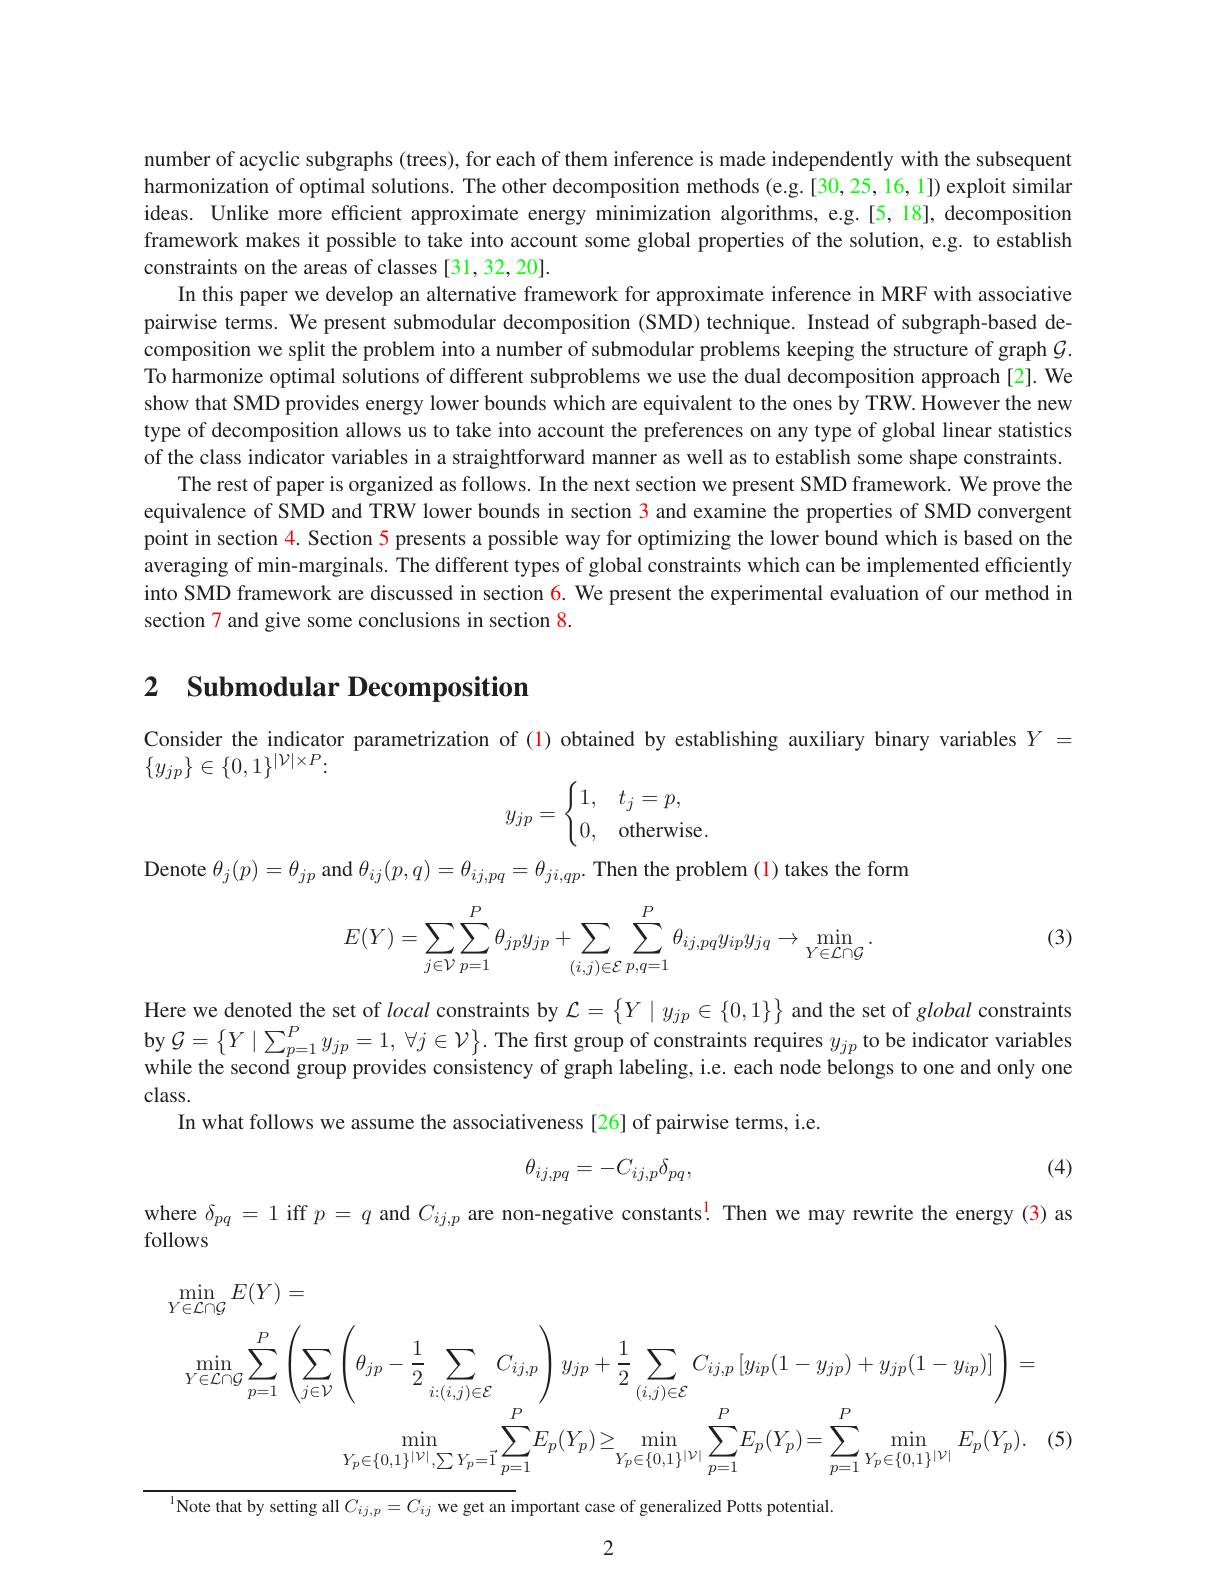
number of acyclic subgraphs (trees), for each of them inference is made independently with the subsequent harmonization of optimal solutions. The other decomposition methods (e.g.[30,25,16,1]) exploit similar ideas. Unlike more efficient approximate energy minimization algorithms, e.g.[5,18], decomposition framework makes it possible to take into account some global properties of the solution, e.g. to establish constraints on the areas of classes [31,32,20].
In this paper we develop an alternative framework for approximate inference in MRF with associative pairwise terms. We present submodular decomposition (SMD) technique. Instead of subgraph-based decomposition we split the problem into a number of submodular problems keeping the structure of graph $G.$ To harmonize optimal solutions of different subproblems we use the dual decomposition approach [2]. We show that SMD provides energy lower bounds which are equivalent to the ones by TRW. However the new type of decomposition allows us to take into account the preferences on any type of global linear statistics of the class indicator variables in a straightforward manner as well as to establish some shape constraints.
The rest of paper is organized as follows. In the next section we present SMD framework. We prove the equivalence of SMD and TRW lower bounds in section $\color{red}{3}$ and examine the properties of SMD convergent point in section $\color{red}{4.\text{Section5presentsapossiblewayforoptimizingthelowerboundwhichisbasedonthe}}$ averaging of min-marginals. The different types of global constraints which can be implemented efficiently into SMD framework are discussed in section $\color{blue}{6.}$ We present the experimental evaluation of our method in section 7 and give some conclusions in section 8.

## 2 $\textbf{Submodular Decomposition}$

Consider the indicator parametrization of (1) obtained by establishing auxiliary binary variables $Y=$

$\{y_{jp}\}\in\{0,1\}^{|\mathcal{V}|\times P}\colon$
$$y_{jp}=\begin{cases}1,&t_j=p,\\0,&\text{otherwis}\end{cases}$$
Denote $\theta_j(p)=\theta_{jp}$ and $\theta_ij(p,q)=\theta_{ij,pq}=\theta_{ji,qp}.$ Then the problem (1) takes the form

(3)
$$\begin{aligned}E(Y)=\sum_{j\in\mathcal{V}}\sum_{p=1}^P\theta_{jp}y_{jp}+\sum_{(i,j)\in\mathcal{E}}\sum_{p,q=1}^P\theta_{ij,pq}y_{ip}y_{jq}\to\min_{Y\in\mathcal{L}\cap\mathcal{G}}.\end{aligned}$$
Here we denoted the set of local constraints by $\mathcal{L}=\left\{Y\mid y_{jp}\in\{0,1\}\right\}$ and the set of global constraints $\begin{array}{l}\mathrm{by~}\mathcal{G}=\{Y\mid\sum_{p=1}^Py_{jp}=1,\forall j\in\mathcal{V}\}.&\text{The first group of constraints requires }y_{jp}\\\mathrm{while~the~second~group~provides~consistency~of~graph~labeling,~ie.~each~node~belongs~to~one~and~only~one}\end{array}$ class.
In what follows we assume the associativeness [26] of pairwise terms, i.e.

(4)
$$\theta_{ij,pq}=-C_{ij,p}\delta_{pq},$$
where $\delta_{pq}=1$ iff $p=q$ and $C_{ij,p}$ are non-negative constants! Then we may rewrite the energy(3) as
follows
$$\operatorname*{min}_{Y\in\mathcal{L}\cap\mathcal{G}}E(Y)=\\\operatorname*{min}_{Y\in\mathcal{L}\cap\mathcal{G}}\sum_{p=1}^{P}\left(\sum_{j\in\mathcal{V}}\left(\theta_{jp}-\frac{1}{2}\sum_{i:(i,j)\in\mathcal{E}}C_{ij,p}\right)y_{jp}+\frac{1}{2}\sum_{(i,j)\in\mathcal{E}}C_{ij,p}\left[y_{ip}(1-y_{jp})+y_{jp}(1-y_{ip})\right]\right)=\\\operatorname*{min}_{Y_{p}\in\{0,1\}^{|\nu|},\sum Y_{p}=1}\sum_{p=1}^{P}E_{p}(Y_{p})\geq\operatorname*{min}_{Y_{p}\in\{0,1\}^{|\nu|}}\sum_{p=1}^{P}E_{p}(Y_{p})=\sum_{p=1}^{P}\operatorname*{min}_{Y_{p}\in\{0,1\}^{|\nu|}}E_{p}(Y_{p}).$$
$^{\text{l}}$Note that by setting all $C_{ij,p}=C_{ij}$ we get an important case of generalized Potts potential

2